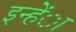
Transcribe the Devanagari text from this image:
इन्हेंा